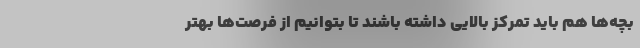
بچه‌ها هم باید تمرکز بالایی داشته باشند تا بتوانیم از فرصت‌ها بهتر